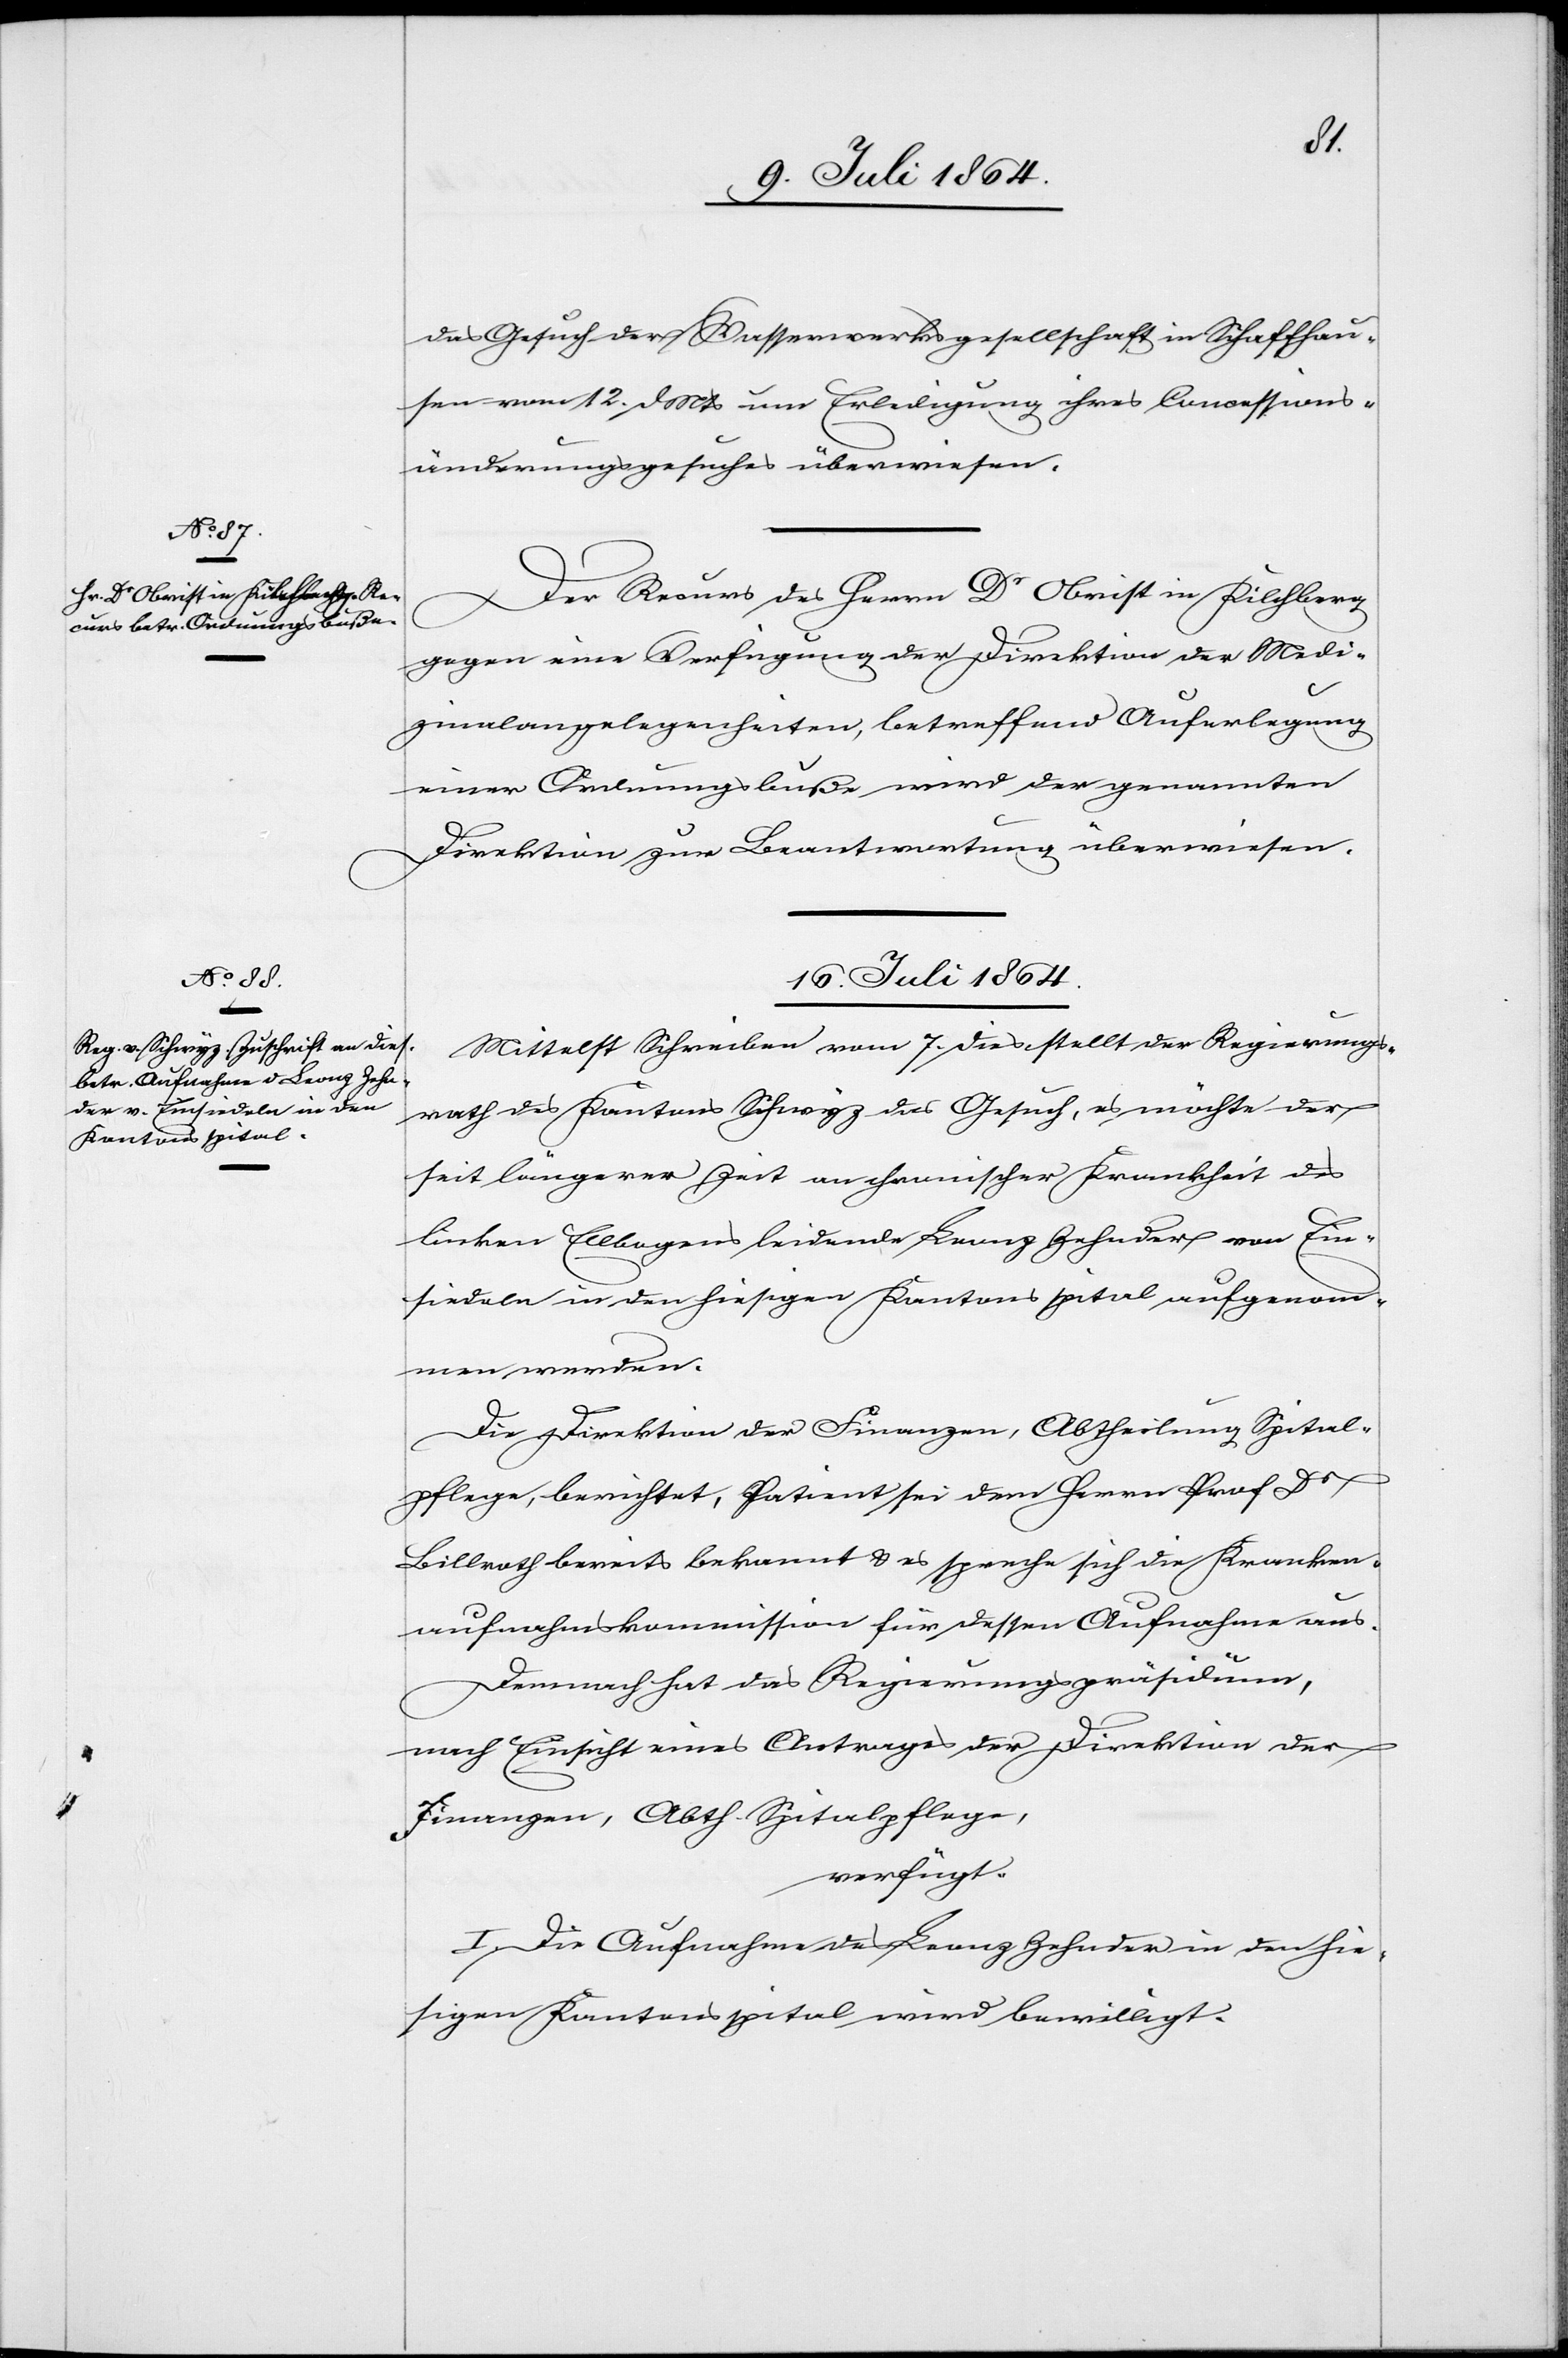
das Gesuch der Wasserwerksgesellschaft in Schaffhau¬
sen vom 12. d. Mts. um Erledigung ihres Concessions¬
änderungsgesuches überwiesen.
Der Recurs des Herrn Dr Obrist in Kilchberg
gegen eine Verfügung der Direktion der Medi¬
zinalangelegenheiten, betreffend Auferlegung
einer Ordnungsbuße wird der genannten
Direktion zur Beantwortung überwiesen.
16. Juli 1864.
Mittelst Schreiben vom 7. dies stellt der Regierungs¬
rath des Kantons Schwyz das Gesuch, es möchte der
seit langer Zeit an chronischer Krankheit des
linken Ellbogens leidende Leonz Zehnder von Ein¬
siedeln in den hiesigen Kantonsspital aufgenom¬
men werden.
Die Direktion der Finanzen, Abtheilung Spital¬
pflege, berichtet, Patient sei dem Herrn Prof Dr
Billroth bereits bekannt u. es spreche sich die Kranken¬
aufnahmskommission für dessen Aufnahme aus.
Demnach hat das Regierungspräsidium,
nach Einsicht eines Antrages der Direktion der
Finanzen, Abth. Spitalpflege,
verfügt:
I. Die Aufnahme des Leonz Zehnder in den hie¬
sigen Kantonsspital wird bewilligt.